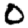
Digit: 0